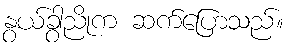
နွယ်ခွာညိုက ဆက်ပြောသည်။